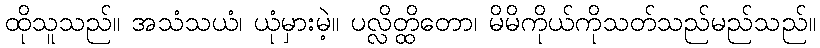
ထိုသူသည်။ အသံသယံ၊ ယုံမှားမဲ့။ ပလ္လိတ္ထိတော၊ မိမိကိုယ်ကိုသတ်သည်မည်သည်။